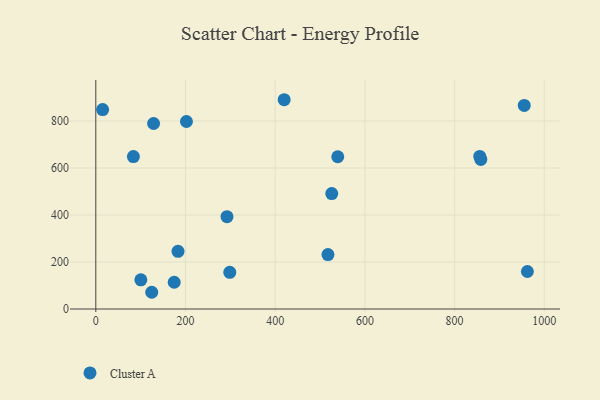
{"axis": {"x": "Study Hours", "y": "Salary"}, "legend": ["Cluster A"], "data": [{"x": "539.5", "y": 647.8, "type": "Cluster A"}, {"x": "292.5", "y": 392.7, "type": "Cluster A"}, {"x": "100.4", "y": 124.1, "type": "Cluster A"}, {"x": "962.3", "y": 159.6, "type": "Cluster A"}, {"x": "15.2", "y": 848.6, "type": "Cluster A"}, {"x": "858.5", "y": 636.2, "type": "Cluster A"}, {"x": "856.1", "y": 649.0, "type": "Cluster A"}, {"x": "128.8", "y": 789.3, "type": "Cluster A"}, {"x": "420.0", "y": 890.4, "type": "Cluster A"}, {"x": "517.6", "y": 231.6, "type": "Cluster A"}, {"x": "124.7", "y": 71.2, "type": "Cluster A"}, {"x": "202.1", "y": 797.7, "type": "Cluster A"}, {"x": "298.7", "y": 155.9, "type": "Cluster A"}, {"x": "174.8", "y": 113.8, "type": "Cluster A"}, {"x": "955.3", "y": 866.2, "type": "Cluster A"}, {"x": "526.1", "y": 491.2, "type": "Cluster A"}, {"x": "183.3", "y": 245.6, "type": "Cluster A"}, {"x": "83.8", "y": 648.5, "type": "Cluster A"}]}